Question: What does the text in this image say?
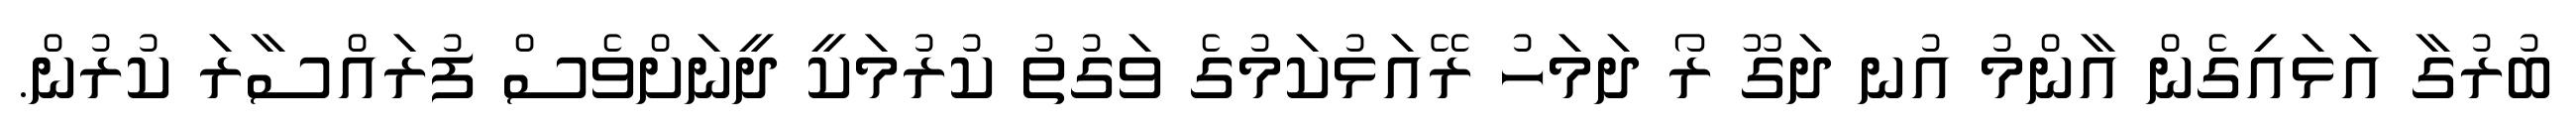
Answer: ބުރުގާ އަޅައިގެން އާންމު އުނ ދަގޫ ރޯ ދަމަހު ރޭއަޅުކަމުގެ ވަގުތު ކުރުމަކީ ދީނަށްވެސް ފުރައްސާރަ ކުރުން.